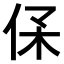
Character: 𠈃